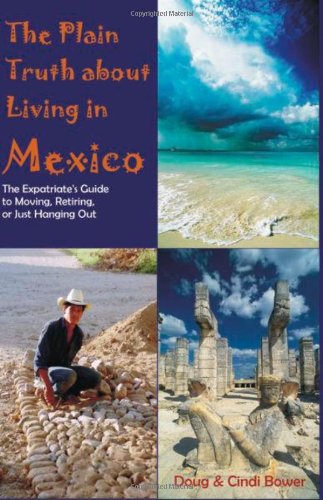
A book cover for The Plain Truth About Living in Mexico: The Expatriate's Guide to Moving, Retiring, or Just Hanging Out; Doug Bower; Travel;